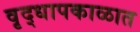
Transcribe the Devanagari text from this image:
वृद्धापकाळात